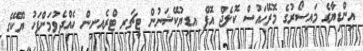
އިންޑިޔާގެ މައިސޯރުގެ މޮރޭހައުސް ކޮލެޖް އޮފް އޑިޔުކޭޝަނުން ޓީޗަރ ޓްރެއިނިން ހެއްދެވުމަށްފަހު ޔޫކޭގެ